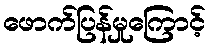
ဖောက်ပြန်မှုကြောင့်